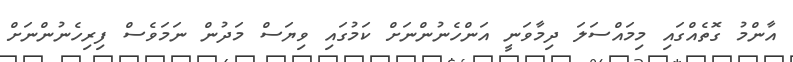
އާންމު ގޮތެއްގައި މިމައްސަލަ ދިމާވަނީ އަންހެނުންނަށް ކަމުގައި ވިޔަސް މަދުން ނަމަވެސް ފިރިހެނުންނަށް